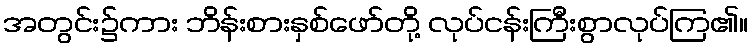
အတွင်း၌ကား ဘိန်းစားနှစ်ဖော်တို့ လုပ်ငန်းကြီးစွာလုပ်ကြ၏။